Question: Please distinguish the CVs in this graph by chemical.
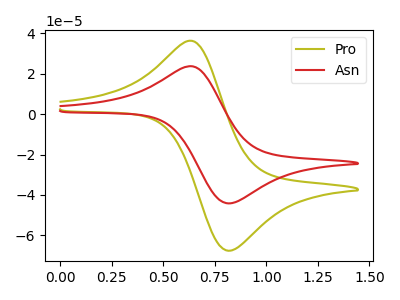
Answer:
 <answer>The olive curve is labeled "Pro". The red curve is labeled "Asn".</answer>
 <eval></eval>